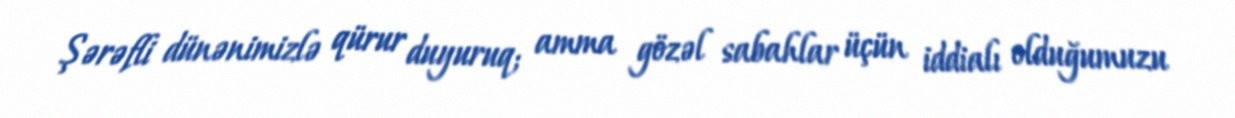
Şərəfli dünənimizlə qürur duyuruq; amma gözəl sabahlar üçün iddialı olduğumuzu